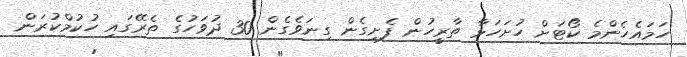
ހަމައެހެންމެ ކޯޓަށް ހުށަހަޅާ ތާރީހުން ފެށިގެން ގިނަވެގެން 30 ދުވަހުގެ ތެރޭގައި ހުކުމްކުރަން